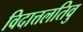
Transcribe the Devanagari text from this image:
विदात्तलतिवु